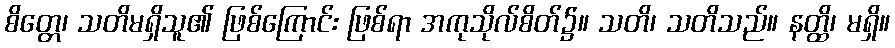
စိတ္တေ၊ သတိမရှိသူ၏ ဖြစ်ကြောင်း ဖြစ်ရာ အကုသိုလ်စိတ်၌။ သတိ၊ သတိသည်။ နတ္ထိ၊ မရှိ။